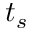
t _ { s }